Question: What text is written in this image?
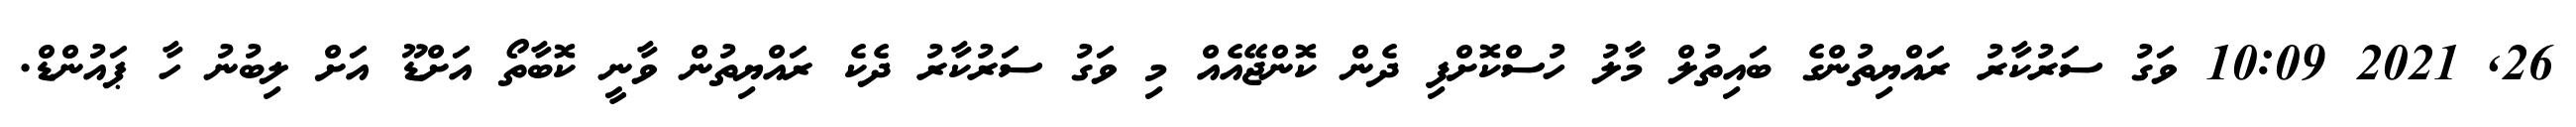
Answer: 26, 2021 10:09 ވަގު ސަރުކާރު ރައްޔިތުންގެ ބައިތުލް މާލު ހުސްކޮށްފި ދެން ކޮންޖޭއެއް މި ވަގު ސަރުކާރު ދެކެ ރައްޔިތުން ވާނީ ކޮބާތޯ އަށްޑޫ އަށް ލިބުނު ހާ ޕައުންޑް.